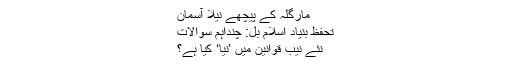
مارگلہ کے پیچھے نیلا آسمان
تحفظ بنیاد اسلام بل: چنداہم سوالات
نئے نیب قوانین میں ’نیا‘ کیا ہے؟